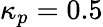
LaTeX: \kappa_{p}=0.5